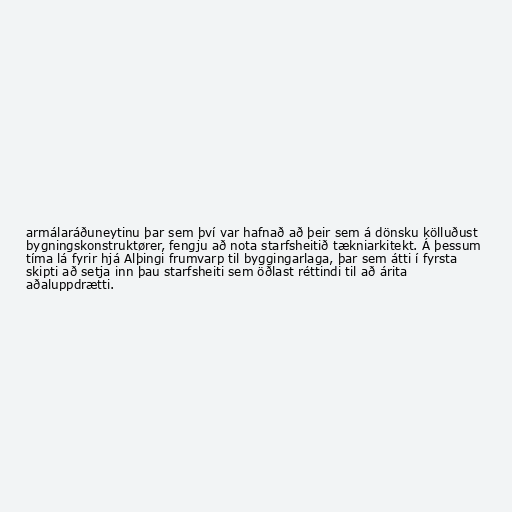
armálaráðuneytinu þar sem því var hafnað að þeir sem á dönsku kölluðust
bygningskonstruktører, fengju að nota starfsheitið tækniarkitekt. Á þessum
tíma lá fyrir hjá Alþingi frumvarp til byggingarlaga, þar sem átti í fyrsta
skipti að setja inn þau starfsheiti sem öðlast réttindi til að árita
aðaluppdrætti.